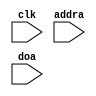
module single_port_rom(
    input clk,
    input [9:0]addra,
    input [7:0]doa
);

reg [7:0] rom [1023:0];

integer i;
initial begin
    for (i=0; i<1024; i++) begin
        rom[i] = 0;
    end
    rom[24:0] = {
           // DEVICE DESCRIPTOR
           8'd18,      // bLength
           8'd1,       // bDescriptorType
           8'h10, 8'h1, // bcdUSB
           8'h02,       // bDeviceClass
           8'd0,       // bDeviceSubClass
           8'd0,       // bDeviceProtocol
           8'd8,      // bMaxPacketSize0
           8'h83, 8'h04, // idVendor
           8'h2a, 8'h57, // idProduct
           // 8'hAB, 8'hCD, // idVendor
           // 8'h11, 8'h22, // idProduct
           8'h0, 8'h1, // bcdDevice
           8'd0,       // iManufacturer
           8'd0,       // iProduct
           8'd0,       // iSerialNumber
           8'd1,       // bNumConfigurations
           // CONFIGURATION DESCRIPTOR
           8'd7,
           8'd2,
           8'h40, 8'd0,
           8'd1,
           8'd0,
           8'd0
           };
end

reg [7:0] doa_reg;
assign doa = doa_reg;

always @(posedge clk) begin
    doa_reg <= rom[addra];
end

endmodule